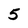
Character: 5